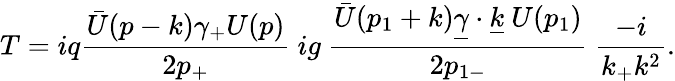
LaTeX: T=iq{\frac{{\bar{U}}(p-k)\gamma_{+}U(p)}{2p_{+}}}\ ig\ {\frac{{\bar{U}}(p_{1}+k){\underline{{\gamma}}}\cdot{\underline{{k}}}\ U(p_{1})}{2p_{1-}}}\ {\frac{-i}{k_{+}k^{2}}}.